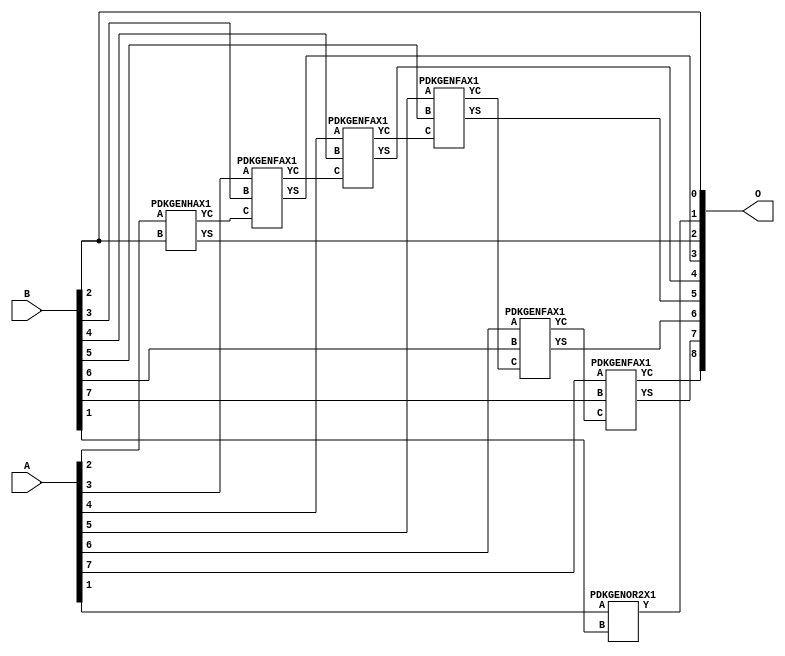
// Library = EvoApprox8b
// Circuit = add8_170
// Area   (180) = 712
// Delay  (180) = 1.250
// Power  (180) = 245.00
// Area   (45) = 52
// Delay  (45) = 0.470
// Power  (45) = 23.78
// Nodes = 7
// HD = 106112
// MAE = 1.18750
// MSE = 2.50000
// MRE = 0.65 %
// WCE = 4
// WCRE = 100 %
// EP = 71.9 %

module add8_170(A, B, O);
  input [7:0] A;
  input [7:0] B;
  output [8:0] O;
  wire [2031:0] N;

  assign N[0] = A[0];
  assign N[1] = A[0];
  assign N[2] = A[1];
  assign N[3] = A[1];
  assign N[4] = A[2];
  assign N[5] = A[2];
  assign N[6] = A[3];
  assign N[7] = A[3];
  assign N[8] = A[4];
  assign N[9] = A[4];
  assign N[10] = A[5];
  assign N[11] = A[5];
  assign N[12] = A[6];
  assign N[13] = A[6];
  assign N[14] = A[7];
  assign N[15] = A[7];
  assign N[16] = B[0];
  assign N[17] = B[0];
  assign N[18] = B[1];
  assign N[19] = B[1];
  assign N[20] = B[2];
  assign N[21] = B[2];
  assign N[22] = B[3];
  assign N[23] = B[3];
  assign N[24] = B[4];
  assign N[25] = B[4];
  assign N[26] = B[5];
  assign N[27] = B[5];
  assign N[28] = B[6];
  assign N[29] = B[6];
  assign N[30] = B[7];
  assign N[31] = B[7];

  PDKGENOR2X1 n82(.A(N[2]), .B(N[18]), .Y(N[82]));
  PDKGENHAX1 n132(.A(N[4]), .B(N[20]), .YS(N[132]), .YC(N[133]));
  PDKGENFAX1 n182(.A(N[6]), .B(N[22]), .C(N[133]), .YS(N[182]), .YC(N[183]));
  PDKGENFAX1 n232(.A(N[8]), .B(N[24]), .C(N[183]), .YS(N[232]), .YC(N[233]));
  PDKGENFAX1 n282(.A(N[10]), .B(N[26]), .C(N[233]), .YS(N[282]), .YC(N[283]));
  PDKGENFAX1 n332(.A(N[12]), .B(N[28]), .C(N[283]), .YS(N[332]), .YC(N[333]));
  PDKGENFAX1 n382(.A(N[14]), .B(N[30]), .C(N[333]), .YS(N[382]), .YC(N[383]));

  assign O[0] = N[20];
  assign O[1] = N[82];
  assign O[2] = N[132];
  assign O[3] = N[182];
  assign O[4] = N[232];
  assign O[5] = N[282];
  assign O[6] = N[332];
  assign O[7] = N[382];
  assign O[8] = N[383];

endmodule
/* mod */
module PDKGENOR2X1(input A, input B, output Y );
     assign Y = A | B;
endmodule
/* mod */
module PDKGENHAX1( input A, input B, output YS, output YC );
    assign YS = A ^ B;
    assign YC = A & B;
endmodule
/* mod */
module PDKGENFAX1( input A, input B, input C, output YS, output YC );
    assign YS = (A ^ B) ^ C;
    assign YC = (A & B) | (B & C) | (A & C);
endmodule